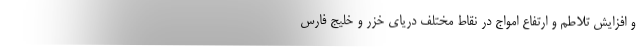
و افزایش تلاطم و ارتفاع امواج در نقاط مختلف دریای خزر و خلیج فارس